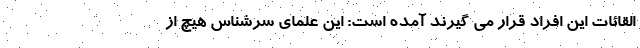
القائات این افراد قرار می گیرند آمده است: این علمای سرشناس هیچ از